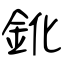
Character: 鈋